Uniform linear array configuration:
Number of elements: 16
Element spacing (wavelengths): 0.25
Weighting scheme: binomial
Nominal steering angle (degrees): -60
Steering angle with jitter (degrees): -59.483
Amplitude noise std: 0.05
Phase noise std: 0.05

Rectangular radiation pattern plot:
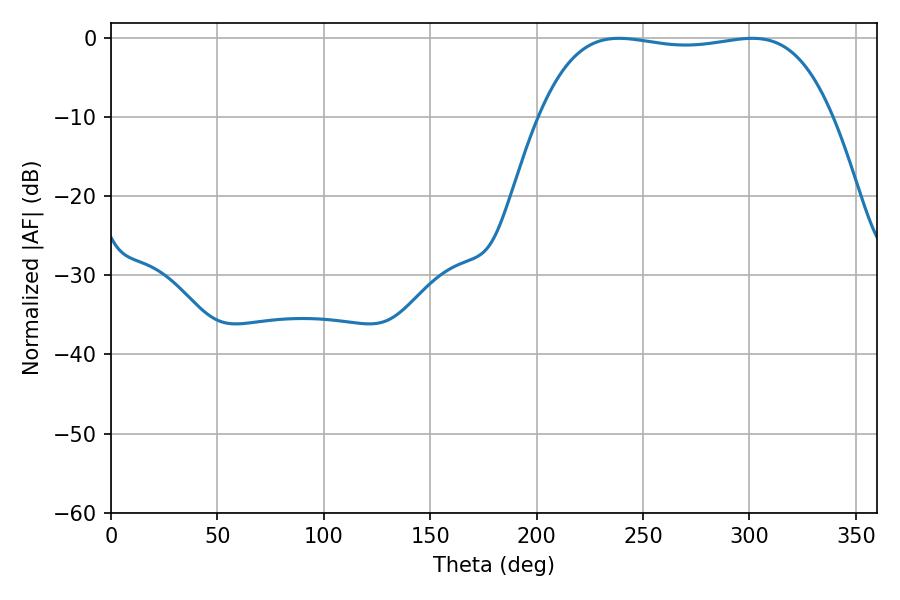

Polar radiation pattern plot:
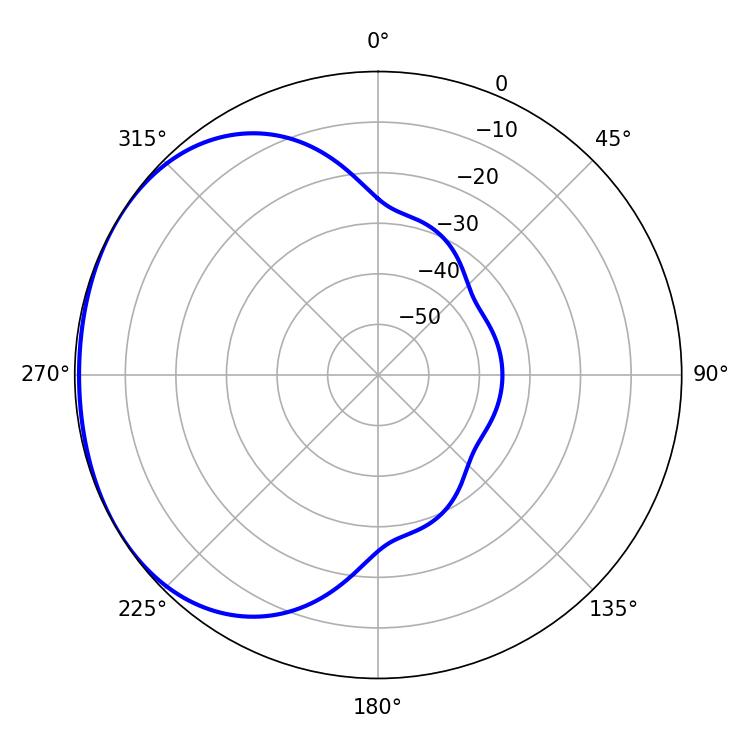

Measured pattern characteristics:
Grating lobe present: FALSE
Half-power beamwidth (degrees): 109.08
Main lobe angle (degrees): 301.32